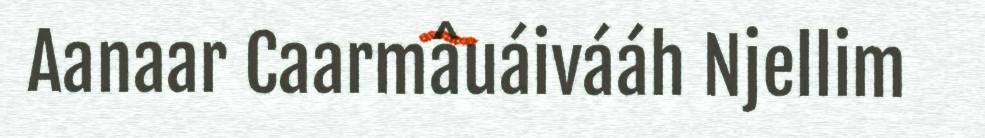
Aanaar Caarmâuáivááh Njellim